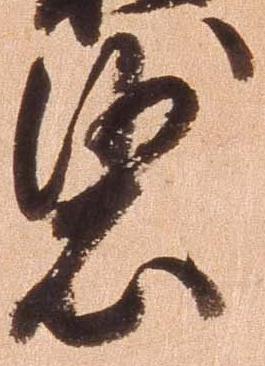
裟